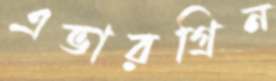
এভারগ্রিন